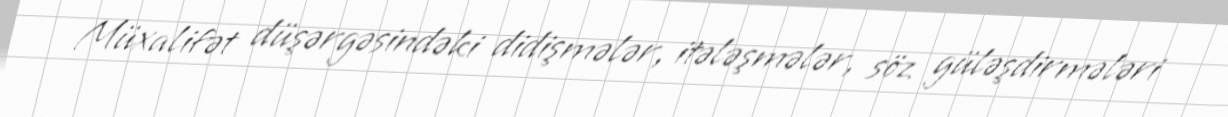
Müxalifət düşərgəsindəki didişmələr, itələşmələr, söz güləşdirmələri